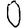
Digit: 0